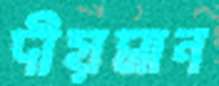
দীয়মান